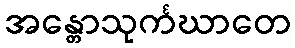
အန္တောသုင်္ကဃာတေ